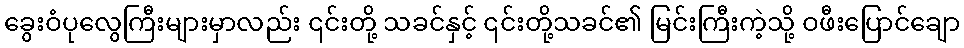
ခွေးဝံပုလွေကြီးများမှာလည်း ၎င်းတို့ သခင်နှင့် ၎င်းတို့သခင်၏ မြင်းကြီးကဲ့သို့ ဝဖီးပြောင်ချော